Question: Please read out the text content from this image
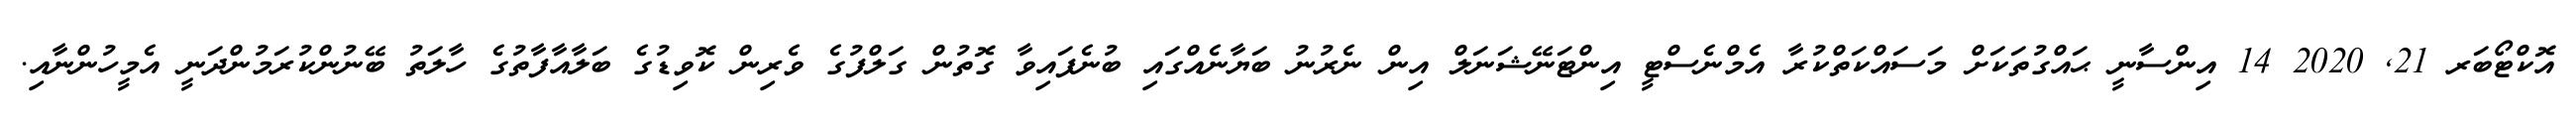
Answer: އޮކްޓޯބަރ 21, 2020 14 އިންސާނީ ޙައްގުތަކަށް މަސައްކަތްކުރާ އެމްނެސްޓީ އިންޓަނޭޝަނަލް އިން ނެރުނު ބަޔާނެއްގައި ބުނެފައިވާ ގޮތުން ގަލްފުގެ ވެރިން ކޮވިޑުގެ ބަލާއާފާތުގެ ހާލަތު ބޭނުންކުރަމުންދަނީ އެމީހުންނާއި.